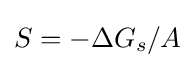
S=-\Delta G_{s}/A